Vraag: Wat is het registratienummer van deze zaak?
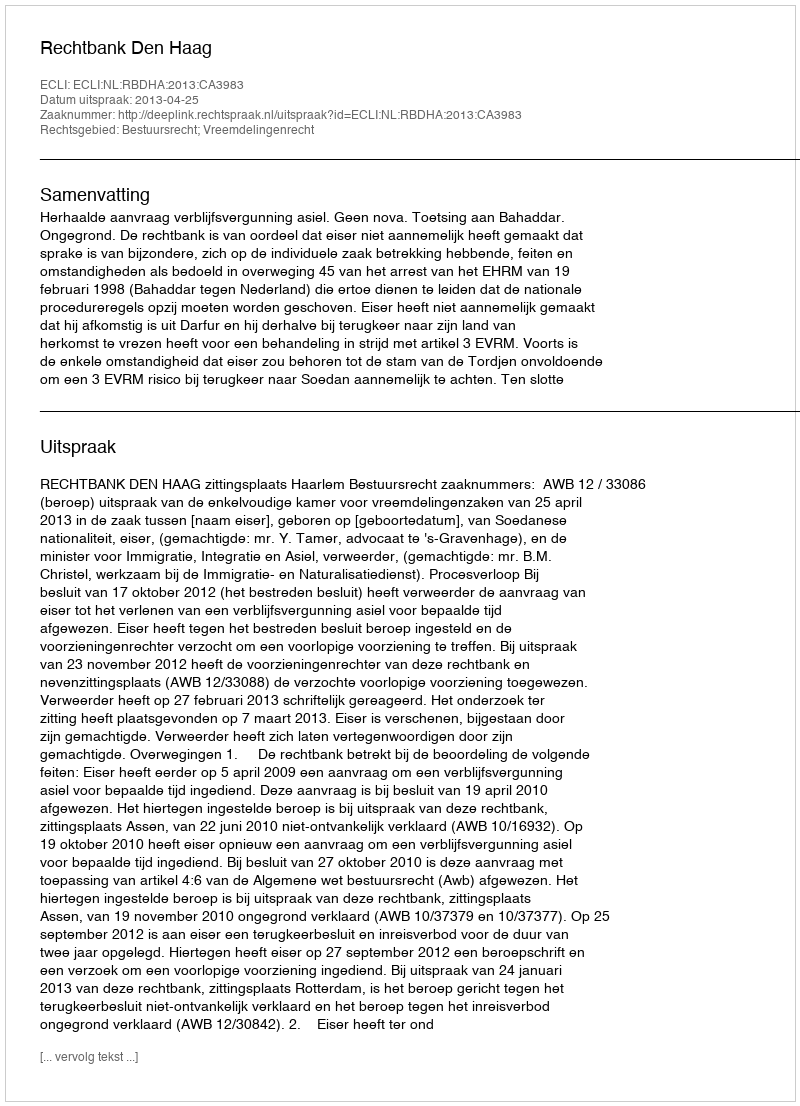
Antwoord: http://deeplink.rechtspraak.nl/uitspraak?id=ECLI:NL:RBDHA:2013:CA3983